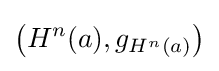
\left(H^{n}(a),g_{H^{n}(a)}\right)